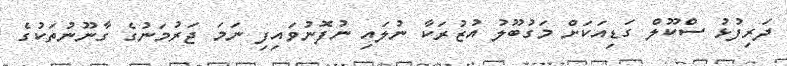
ދަރިފުޅު ސްކޫލް ގަޑިއަކަށް މަގުބޫލު އުޒުރަކާ ނުލައި ނުފޮނުވައިފި ނަމަ ޖަރުމަނުގެ ގާނޫނުތަކުގެ